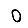
Digit: 0